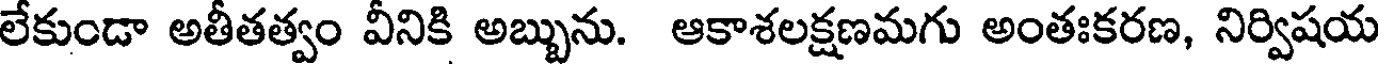
లేకుండా అతీతత్వం వీనికి అబ్బును. ఆకాశలక్షణమగు అంతఃకరణ, నిర్విషయ